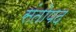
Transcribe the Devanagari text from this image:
संतोपद